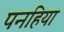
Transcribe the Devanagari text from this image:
पनहिया